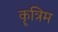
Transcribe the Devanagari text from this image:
कॄत्रिम